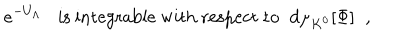
e ^ { - U _ { \Lambda } } \mathrm { i s ~ i n t e g r a b l e ~ w i t h ~ r e s p e c t ~ t o } \; \; d \mu _ { K ^ { 0 } } [ \Phi ] \; \; ,